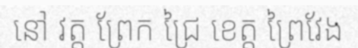
នៅ វត្ត ព្រែក ជ្រៃ ខេត្ត ព្រៃវែង